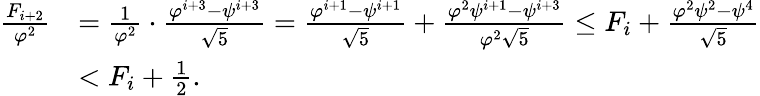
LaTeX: \begin{array}{rl}{\frac{F_{i+2}}{\varphi^{2}}}&{=\frac{1}{\varphi^{2}}\cdot\frac{\varphi^{i+3}-\psi^{i+3}}{\sqrt{5}}=\frac{\varphi^{i+1}-\psi^{i+1}}{\sqrt{5}}+\frac{\varphi^{2}\psi^{i+1}-\psi^{i+3}}{\varphi^{2}\sqrt{5}}\leq F_{i}+\frac{\varphi^{2}\psi^{2}-\psi^{4}}{\sqrt{5}}}\\ &{<F_{i}+\frac{1}{2}.}\end{array}